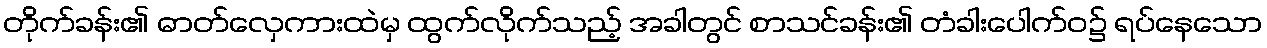
တိုက်ခန်း၏ ဓာတ်လှေကားထဲမှ ထွက်လိုက်သည့် အခါတွင် စာသင်ခန်း၏ တံခါးပေါက်ဝ၌ ရပ်နေသော